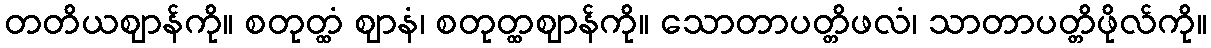
တတိယဈာန်ကို။ စတုတ္ထံ ဈာနံ၊ စတုတ္ထဈာန်ကို။ သောတာပတ္တိဖလံ၊ သာတာပတ္တိဖိုလ်ကို။